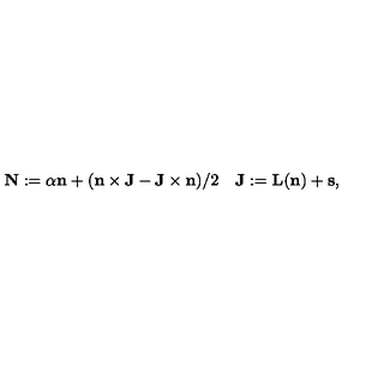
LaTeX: { \bf N } : = { \alpha } { \bf n } + ( { \bf n } \times { \bf J } - { \bf J } \times { \bf n } ) / 2 \quad { \bf J } : = { \bf L } ( { \bf n } ) + { \bf s } ,